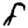
Digit: 8